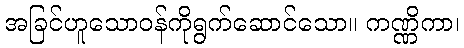
အခြင်ဟူသောဝန်ကိုရွက်ဆောင်သော။ ကဏ္ဏိကာ၊